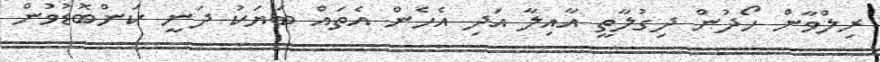
ރިލްވާން ހޯދުން ދިގުލާތީ އާއިލާ އަދި އެހެން އެތައް ބަޔަކު ދަނީ ކަންބޮޑުވުން